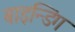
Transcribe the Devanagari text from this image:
बाइन्डिंग